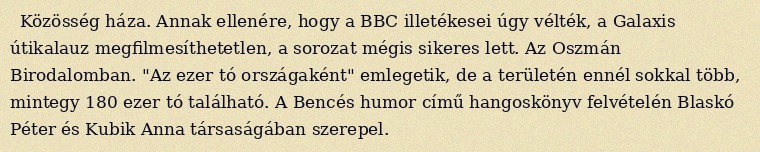
Közösség háza. Annak ellenére, hogy a BBC illetékesei úgy vélték, a Galaxis útikalauz megfilmesíthetetlen, a sorozat mégis sikeres lett. Az Oszmán Birodalomban. "Az ezer tó országaként" emlegetik, de a területén ennél sokkal több, mintegy 180 ezer tó található. A Bencés humor című hangoskönyv felvételén Blaskó Péter és Kubik Anna társaságában szerepel.